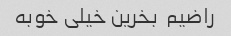
راضیم  بخرین خیلی خوبه